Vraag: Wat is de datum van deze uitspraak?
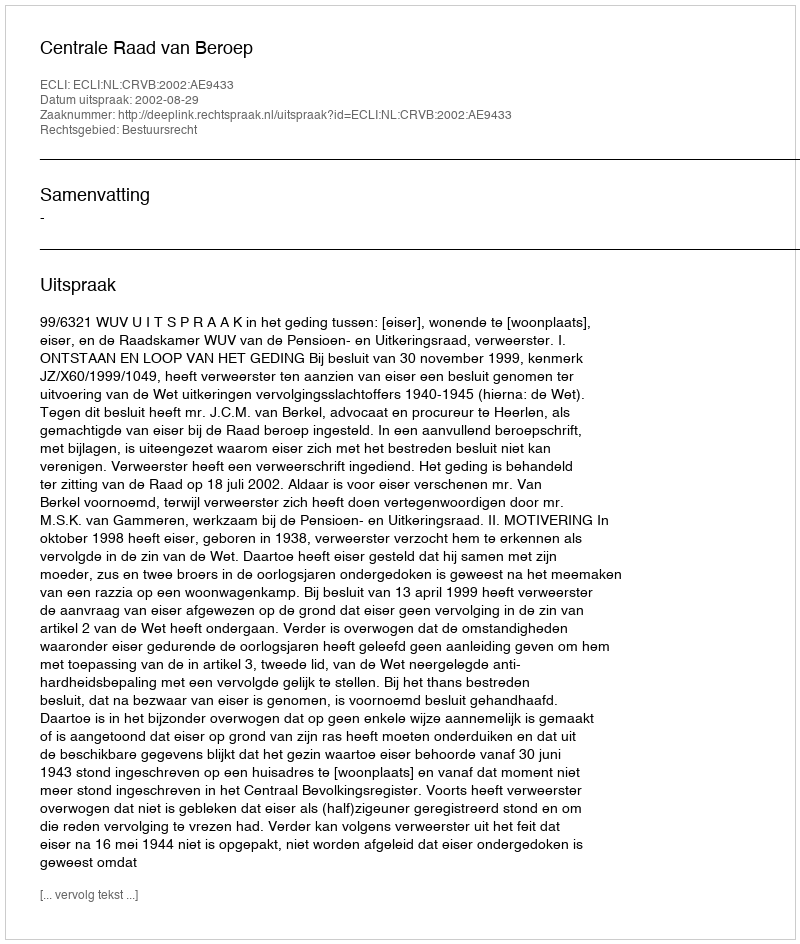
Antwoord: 2002-08-29